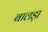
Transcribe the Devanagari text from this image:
बालड़ा